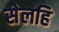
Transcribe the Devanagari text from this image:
सेलहि